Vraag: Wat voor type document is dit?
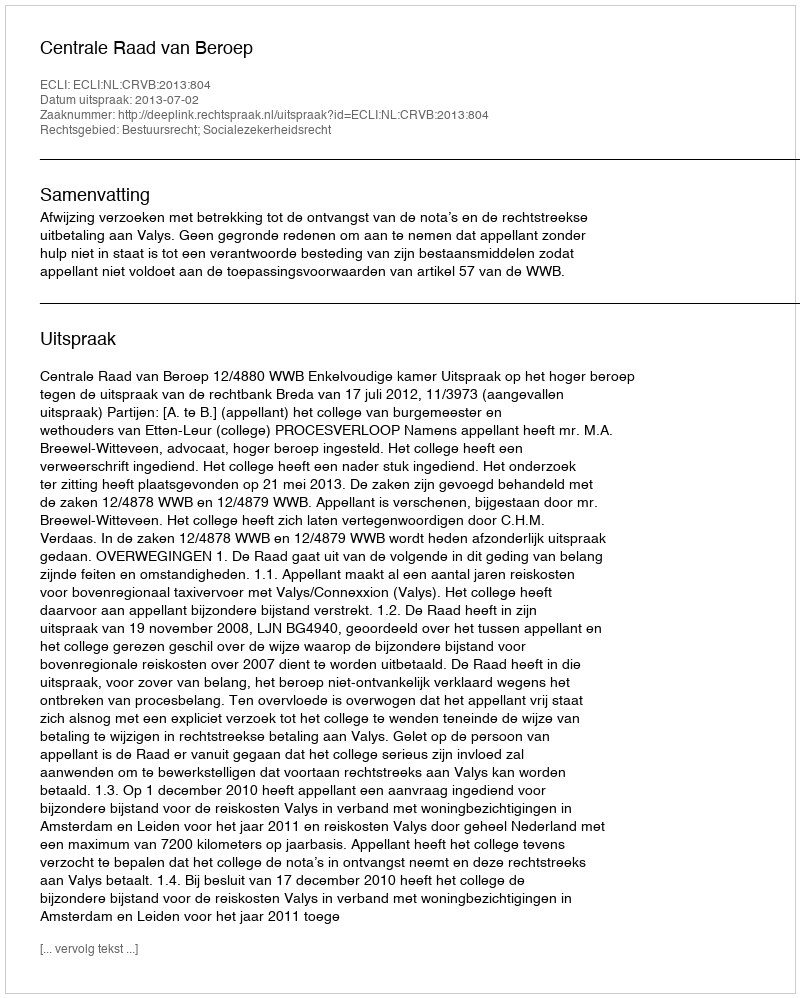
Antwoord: Uitspraak